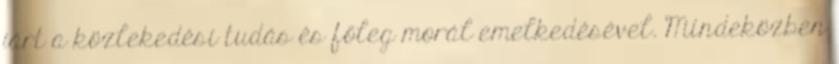
járt a közlekedési tudás és főleg morál emelkedésével. Mindeközben